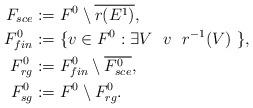
LaTeX: \begin{align*}F_{sce} & := F^0 \setminus \overline{r(E^1)}, \\F^0_{fin}&:=\{v \in F^0: \exists V~~v ~~ r^{-1}(V)~ \},\\F^0_{rg}&:=F^0_{fin} \setminus \overline{F^0_{sce}},\\F^0_{sg} & :=F^0 \setminus F^0_{rg}.\end{align*}